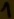
Text: 1